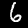
Label: 6